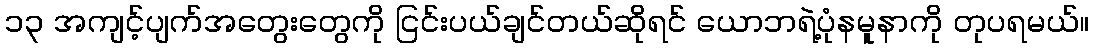
၁၃ အကျင့်ပျက်အတွေးတွေကို ငြင်းပယ်ချင်တယ်ဆိုရင် ယောဘရဲ့ပုံနမူနာကို တုပရမယ်။